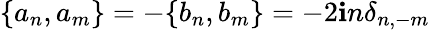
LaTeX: \{ a_{n},a_{m}\} =-\{ b_{n},b_{m}\} =-2\mathbf{i}n{\delta}_{n,-m}